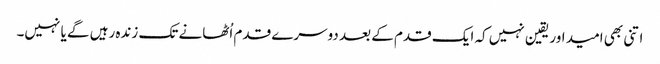
اتنی بھی امید اور یقین نہیں کہ ایک قدم کے بعد دوسرے قدم اُٹھانے تک زندہ رہیں گے یا نہیں۔